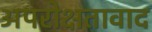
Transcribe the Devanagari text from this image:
अपरोक्षतावाद